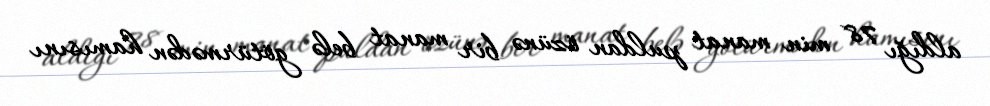
aldığı 78 min manat puldan özünə bir manat belə götürmədən hamısını